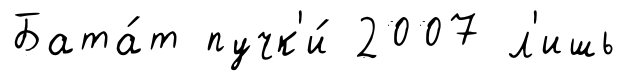
Бата́т пучк'и́ 2007 л'ишь